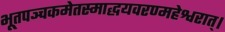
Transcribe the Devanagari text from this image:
भूतपञ्चकमेतस्माद्धयवरण्महेश्वरात्।